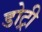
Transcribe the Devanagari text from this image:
डोट्री